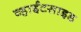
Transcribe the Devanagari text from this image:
व्हाईटसाइड